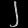
Digit: ၂